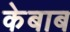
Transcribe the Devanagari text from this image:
केबाब